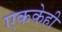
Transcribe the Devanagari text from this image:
एककेही